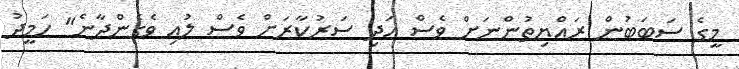
މީގެ ސަބަބުން ރައްޔިތުންނަށް ވެސް އަދި ސަރުކާރަށް ވެސް ލުއި ވެގެންދާނެ" ހަމީދު